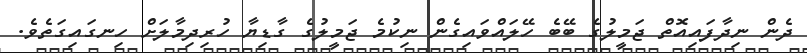
ދެން ނިދާފައިއޮތް ޖަމީލުގެ ބޭބެ ހޭލައްވައިގެން ނިކުމެ ޖަމީލުގެ ގާޑިޔާ ހުރިދިމާލަށް ހިނގައިގަތެވެ.